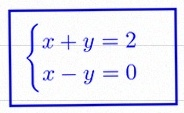
\begin{cases}x+y=2\\x-y=0\end{cases}